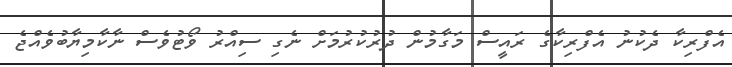
އެފްރިކާ ދެކުނު އެފްރިކާގެ ރައީސް މަގާމުން ދުރުކުރުމަށް ނެގި ސިއްރު ވޯޓުވެސް ނާކާމިޔާބުވެއްޖެ